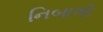
નિબાળી